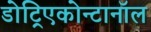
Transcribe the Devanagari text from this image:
डोट्रिएकोन्टानॉल